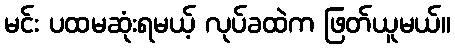
မင်း ပထမဆုံးရမယ့် လုပ်ခထဲက ဖြတ်ယူမယ်။